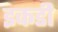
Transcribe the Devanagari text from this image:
इकडी